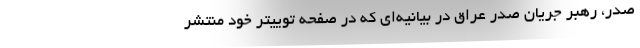
صدر، رهبر جریان صدر عراق در بیانیه‌ای که در صفحه توییتر خود منتشر